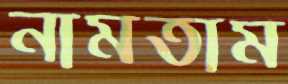
নামতাম